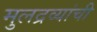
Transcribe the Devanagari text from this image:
मुलद्रव्यांची